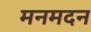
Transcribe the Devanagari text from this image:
मनमदन